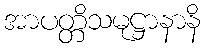
အာပတ္တိသမုဋ္ဌာနာနိ